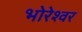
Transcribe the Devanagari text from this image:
भोरेश्वर